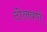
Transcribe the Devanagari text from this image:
टोलवणे